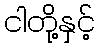
ငါတို့နှင့်